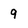
Character: 9